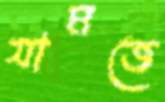
যামজে